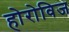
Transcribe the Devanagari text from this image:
होरोविज